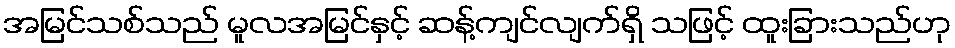
အမြင်သစ်သည် မူလအမြင်နှင့် ဆန့်ကျင်လျက်ရှိ သဖြင့် ထူးခြားသည်ဟု